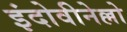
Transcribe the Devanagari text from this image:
इंदोवीनेल्लो